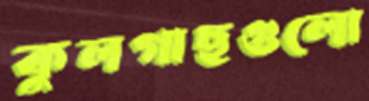
কুলগাছগুলো